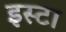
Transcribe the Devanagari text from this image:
इस्टा